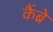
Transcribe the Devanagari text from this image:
कैंब्रे